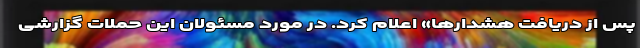
پس از دریافت هشدارها» اعلام کرد. در مورد مسئولان این حملات گزارشی